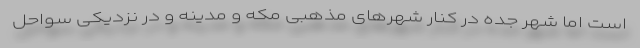
است اما شهر جده در کنار شهرهای مذهبی مکه و مدینه و در نزدیکی سواحل